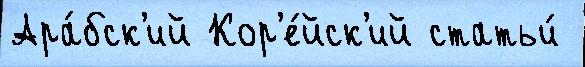
Ара́бск'ий Кор'е́йск'ий статьи́